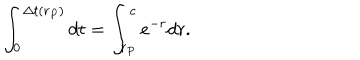
LaTeX: \int _ { 0 } ^ { \Delta t ( r _ { P } ) } d t = \int _ { r _ { P } } ^ { c } e ^ { - r } d r .